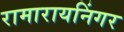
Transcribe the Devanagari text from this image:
रामारायनिंगर